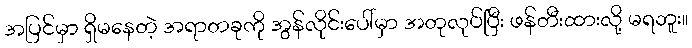
အပြင်မှာ ရှိမနေတဲ့ အရာတခုကို အွန်လိုင်းပေါ်မှာ အတုလုပ်ပြီး ဖန်တီးထားလို့ မရဘူး။